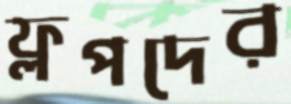
ফ্লপদের